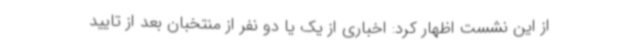
از این نشست اظهار کرد: اخباری از یک یا دو نفر از منتخبان بعد از تایید